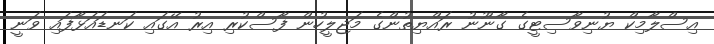
އިސްލާމިކް ޔުނިވާސިޓީގެ ގާނޫނު ރައްޔިތުންގެ މަޖިލީހުން ފާސްކުރި އިރު އޭގައި ކަނޑައަޅާފައި ވަނީ